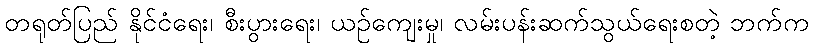
တရုတ်ပြည် နိုင်ငံရေး၊ စီးပွားရေး၊ ယဉ်ကျေးမှု၊ လမ်းပန်းဆက်သွယ်ရေးစတဲ့ ဘက်က